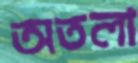
অতলা